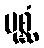
ပုစ္ဆံ